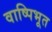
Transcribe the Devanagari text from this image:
वाष्पिभूत